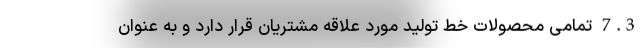
7.3 تمامی محصولات خط تولید مورد علاقه مشتریان قرار دارد و به عنوان